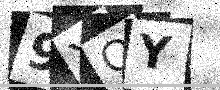
Text: 9YOY